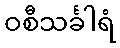
ဝစီသင်္ခါရံ